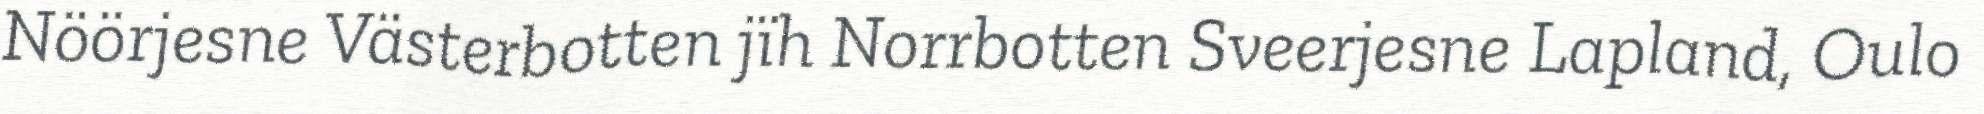
Nöörjesne Västerbotten jïh Norrbotten Sveerjesne Lapland, Oulo